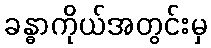
ခန္ဓာကိုယ်အတွင်းမှ